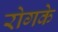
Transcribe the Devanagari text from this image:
रोगके